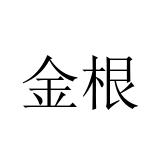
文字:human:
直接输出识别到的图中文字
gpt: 金根